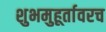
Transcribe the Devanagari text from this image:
शुभमुहूर्तावरच